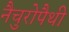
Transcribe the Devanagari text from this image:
नैचुरोपैथी